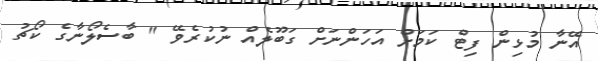
އޭނާ މުޅިން ފިޓް ކަމަށް އަހަންނަށް ގަބޫލެއް ނުކުރެވޭ " ބާސެލޯނާގެ ކޯޗު